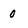
Character: 0